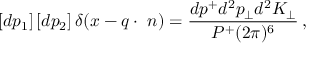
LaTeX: \left[ d p _ { 1 } \right] \left[ d p _ { 2 } \right] \delta ( x - q \cdot \, \, n ) = \frac { d p ^ { + } d ^ { 2 } p _ { \bot } d ^ { 2 } K _ { \bot } } { P ^ { + } ( 2 \pi ) ^ { 6 } } \, ,